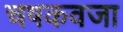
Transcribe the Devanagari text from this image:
चषकवजा